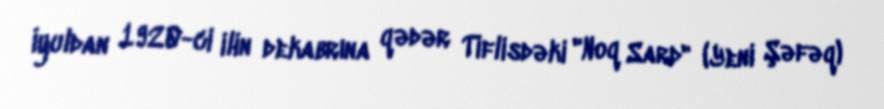
İyuldan 1920-ci ilin dekabrına qədər Tiflisdəki "Noq Sard" (Yeni Şəfəq)